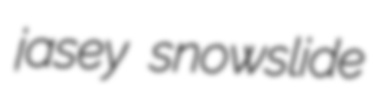
jasey snowslide